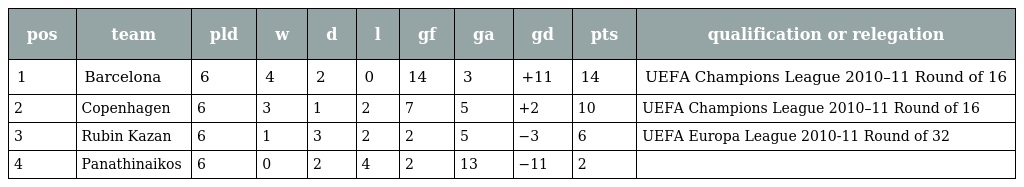
| pos | team | pld | w | d | l | gf | ga | gd | pts | qualification or relegation |
 | --- | --- | --- | --- | --- | --- | --- | --- | --- | --- | --- |
 | 1 | Barcelona | 6 | 4 | 2 | 0 | 14 | 3 | +11 | 14 | UEFA Champions League 2010–11 Round of 16 |
 | 2 | Copenhagen | 6 | 3 | 1 | 2 | 7 | 5 | +2 | 10 | UEFA Champions League 2010–11 Round of 16 |
 | 3 | Rubin Kazan | 6 | 1 | 3 | 2 | 2 | 5 | −3 | 6 | UEFA Europa League 2010-11 Round of 32 |
 | 4 | Panathinaikos | 6 | 0 | 2 | 4 | 2 | 13 | −11 | 2 |  |